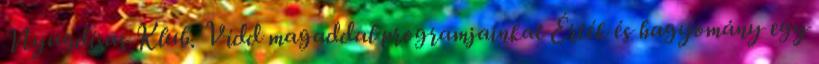
Nyugdíjas Klub. Vidd magaddal programjainkat Érték és hagyomány egy